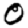
Digit: 0